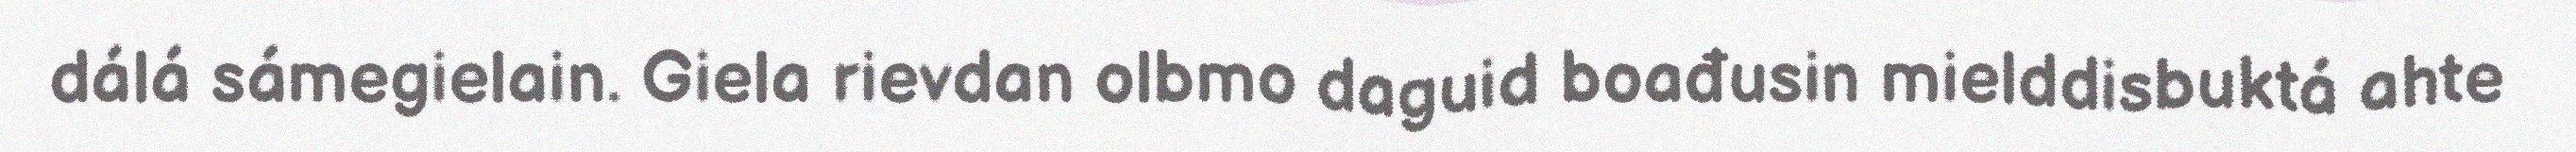
dálá sámegielain. Giela rievdan olbmo daguid boađusin mielddisbuktá ahte